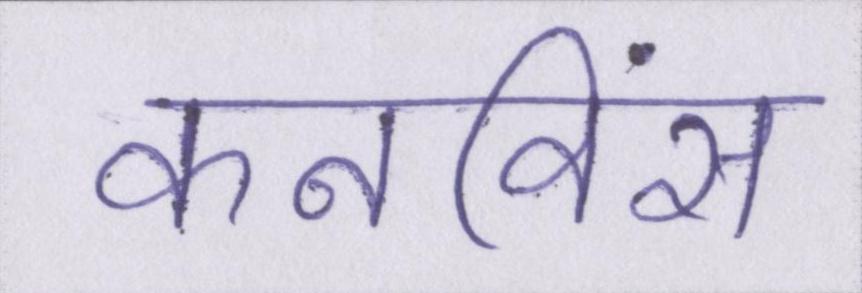
कनविंस